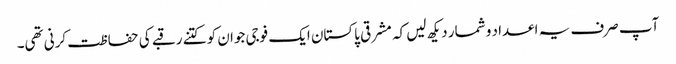
آپ صرف یہ اعداد و شمار دیکھ لیں کہ مشرقی پاکستان ایک فوجی جوان کو کتنے رقبے کی حفاظت کرنی تھی۔